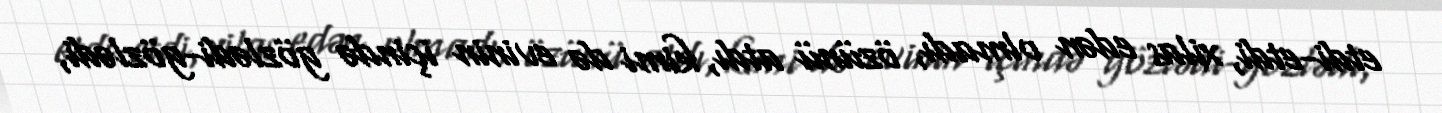
etdi-etdi, xilas edən olmadı, özünü atdı, kimi də evinin içində gözlədi-gözlədi,